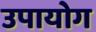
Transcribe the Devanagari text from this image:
उपायोग